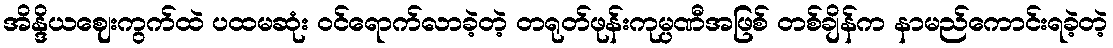
အိန္ဒိယဈေးကွက်ထဲ ပထမဆုံး ဝင်ရောက်လာခဲ့တဲ့ တရုတ်ဖုန်းကုမ္ပဏီအဖြစ် တစ်ချိန်က နာမည်ကောင်းရခဲ့တဲ့